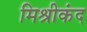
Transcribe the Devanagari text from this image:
मिश्रीकंद